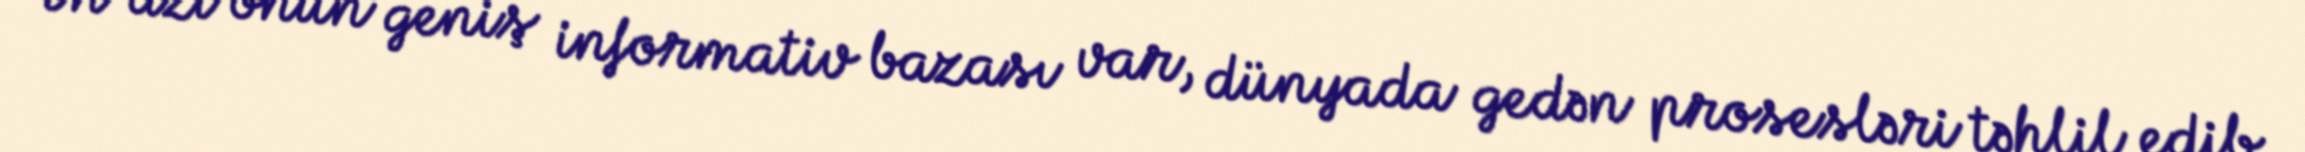
Ən azı onun geniş informativ bazası var, dünyada gedən prosesləri təhlil edib